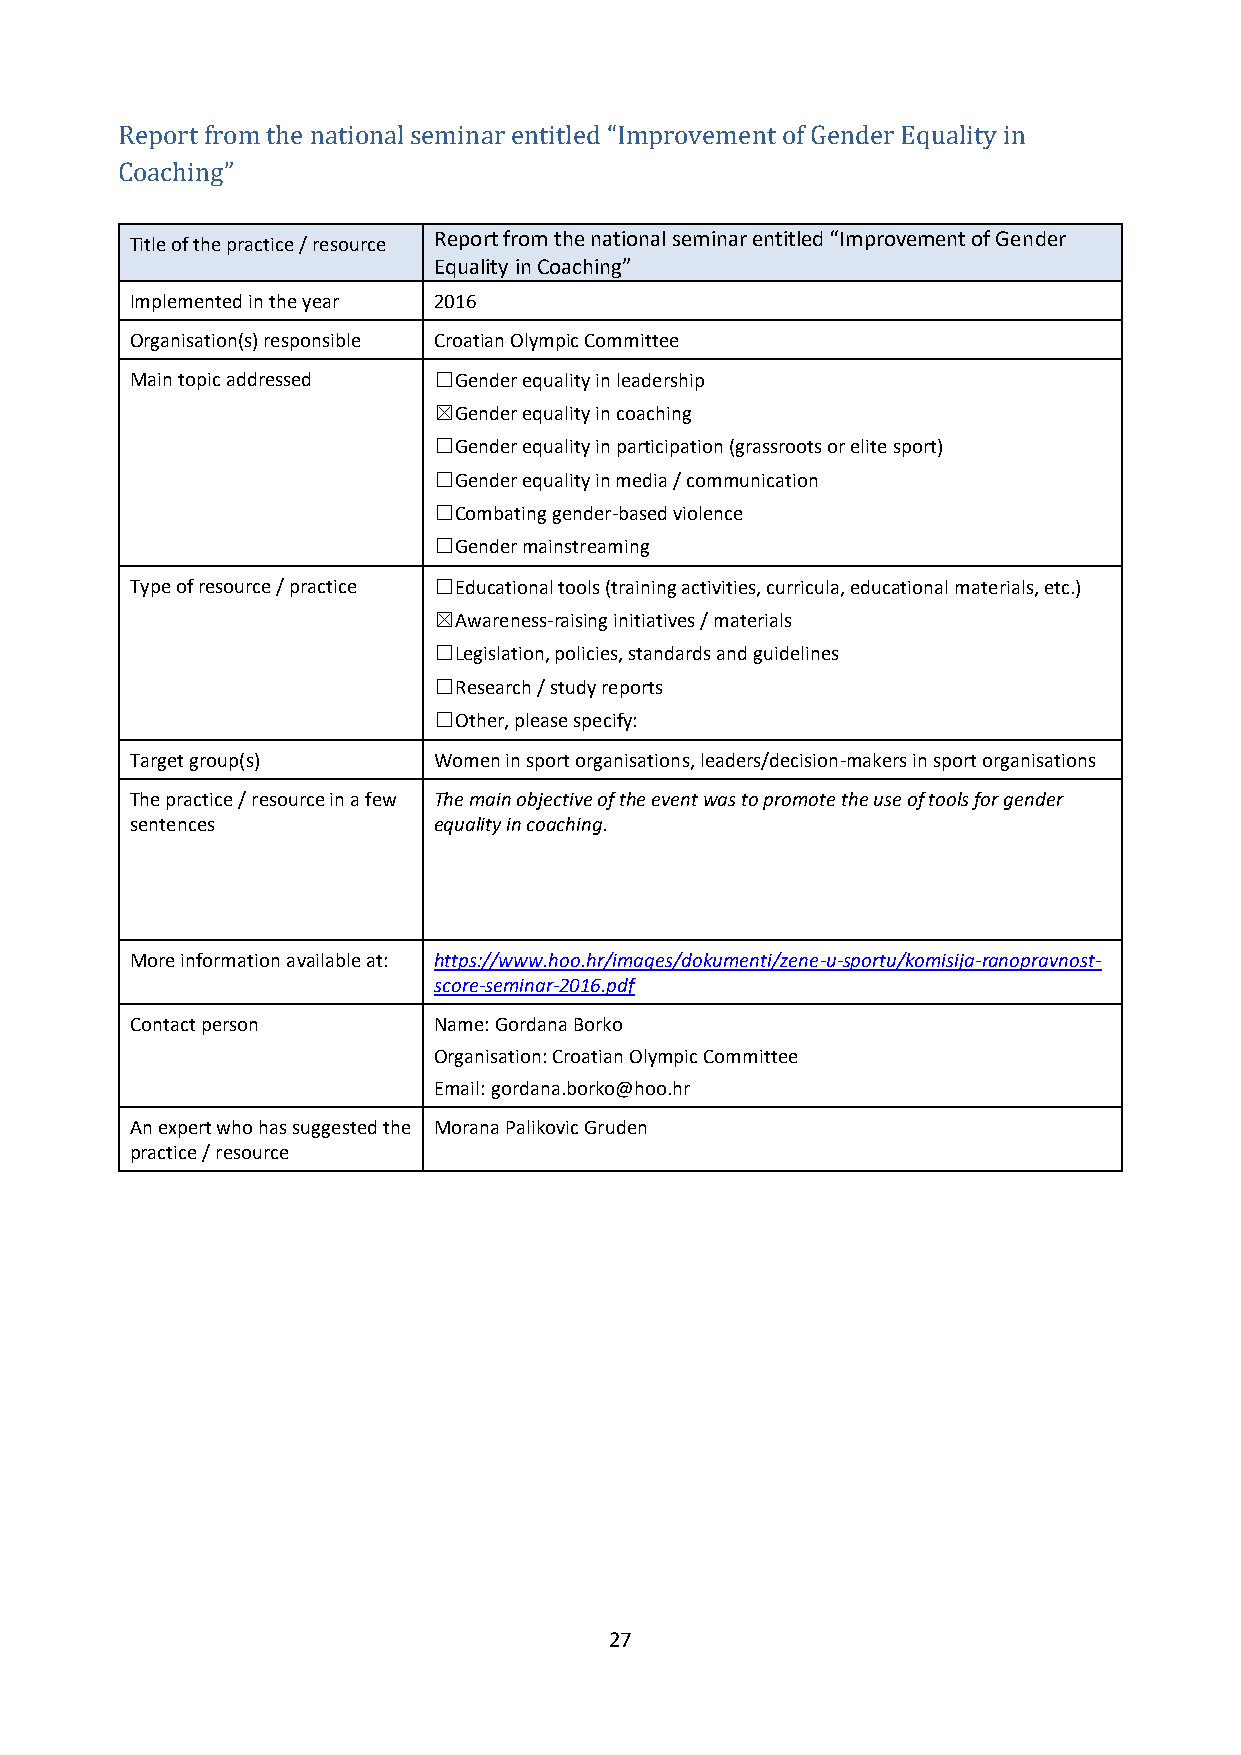
Report from the national seminar entitled “Improvement of Gender Equality in
 Coaching”
 Title of the practice / resource Report from the national seminar entitled “Improvement of Gender
 Equality in Coaching”
 Implemented in the year 2016
 Organisation(s) responsible Croatian Olympic Committee
 Main topic addressed ☐Gender equality in leadership
 ☒Gender equality in coaching
 ☐Gender equality in participation (grassroots or elite sport)
 ☐Gender equality in media / communication
 ☐Combating gender-based violence
 ☐Gender mainstreaming
 Type of resource / practice ☐Educational tools (training activities, curricula, educational materials, etc.)
 ☒Awareness-raising initiatives / materials
 ☐Legislation, policies, standards and guidelines
 ☐Research / study reports
 ☐Other, please specify:
 Target group(s)     Women in sport organisations, leaders/decision-makers in sport organisations
 The practice / resource in a few The main objective of the event was to promote the use of tools for gender
 sentences           equality in coaching.
 More information available at: https://www.hoo.hr/images/dokumenti/zene-u-sportu/komisija-ranopravnost-
 score-seminar-2016.pdf
 Contact person      Name: Gordana Borko
 Organisation: Croatian Olympic Committee
 Email: gordana.borko@hoo.hr
 An expert who has suggested the Morana Palikovic Gruden
 practice / resource
 27